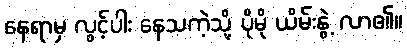
နေရာမှ လွင့်ပါး နေသကဲ့သို့ ပိုမို ယိမ်းနွဲ့ လာ၏။